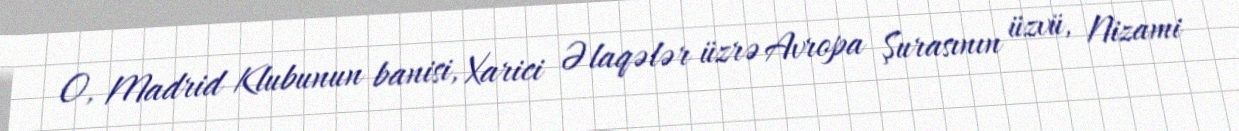
O, Madrid Klubunun banisi, Xarici Əlaqələr üzrə Avropa Şurasının üzvü, Nizami